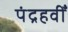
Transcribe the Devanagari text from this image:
पंद्रहवीँ